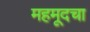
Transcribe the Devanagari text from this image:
महमूदचा